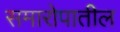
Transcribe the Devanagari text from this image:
समारोपातील